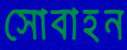
সোবাহন